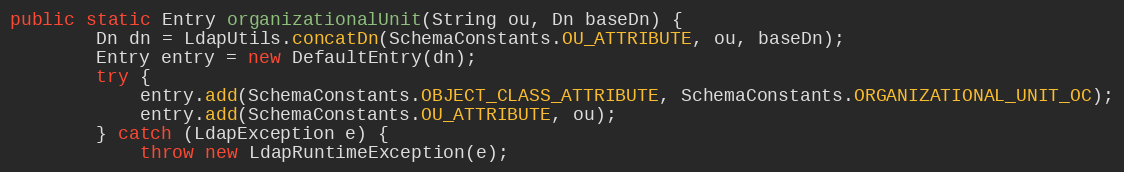
Language: Java
public static Entry organizationalUnit(String ou, Dn baseDn) {
        Dn dn = LdapUtils.concatDn(SchemaConstants.OU_ATTRIBUTE, ou, baseDn);
        Entry entry = new DefaultEntry(dn);
        try {
            entry.add(SchemaConstants.OBJECT_CLASS_ATTRIBUTE, SchemaConstants.ORGANIZATIONAL_UNIT_OC);
            entry.add(SchemaConstants.OU_ATTRIBUTE, ou);
        } catch (LdapException e) {
            throw new LdapRuntimeException(e);